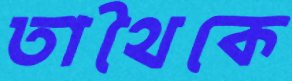
তাথৈকে